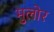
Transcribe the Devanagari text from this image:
मुलोर